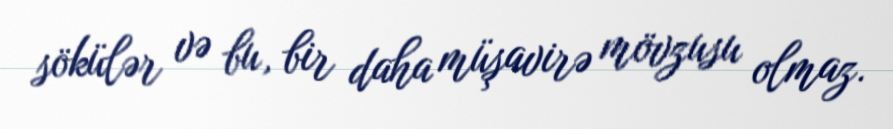
sökülər və bu, bir daha müşavirə mövzusu olmaz.